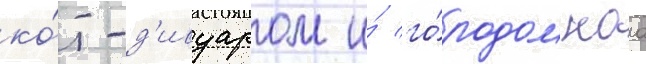
ко́т-д'ивуаром и́ го́родом каа